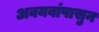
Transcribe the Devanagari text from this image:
अवयवांपासुन